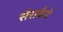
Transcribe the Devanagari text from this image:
सैराबैन्डे